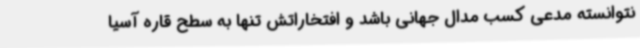
نتوانسته مدعی کسب مدال جهانی باشد و افتخاراتش تنها به سطح قاره آسیا